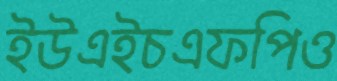
ইউএইচএফপিও